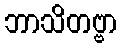
ဘာသိတဗ္ဗာ